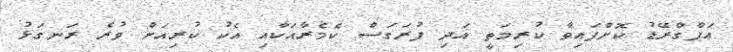
އަޕްގްރޭޑު ކޮށްފައިވާ ކުރިމަތީ އަދި ފުރަގަސް ކެމެރާއަކާއި އެކު ކުރިއަށް ވުރެ ރަނގަޅު